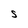
Character: S